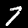
Digit: 7